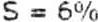
S = 6%